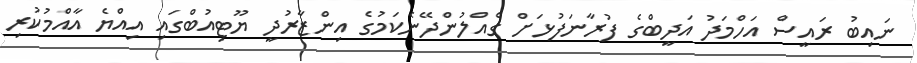
ނައިބު ރައީސް އަހްމަދު އަދީބްގެ ފުރާނަފުޅަށް ގެއްލުންދޭނެކަމުގެ އިންޒާރުދީ ޔޫޓިއުބްގައި އިއްޔެ އާއްމުކުރި